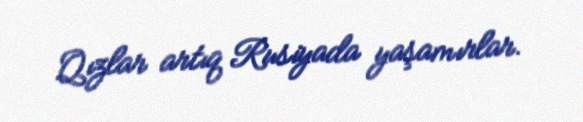
Qızlar artıq Rusiyada yaşamırlar.